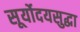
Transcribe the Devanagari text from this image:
सूर्योदयसुद्धा